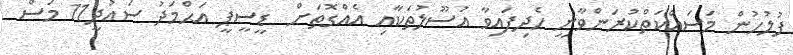
ފުލުހުން މަސައްކަތްކުރަންވާނީ ހެދިފައިވާ އުސޫލުތަކާއި އެއްގޮތަށް  ޑީސީޕީ އަޙްމަދު ސައުދީ11 މަސް